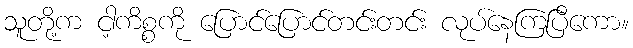
သူတို့က ငါ့ကိစ္စကို ပြောင်ပြောင်တင်းတင်း လုပ်နေကြပြီကော။